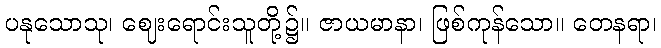
ပနုသောသု၊ ဈေးရောင်းသူတို့၌။ ဇာယမာနာ၊ ဖြစ်ကုန်သော။ တေနရာ၊